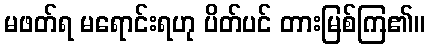
မဖတ်ရ မရောင်းရဟု ပိတ်ပင် တားမြစ်ကြ၏။